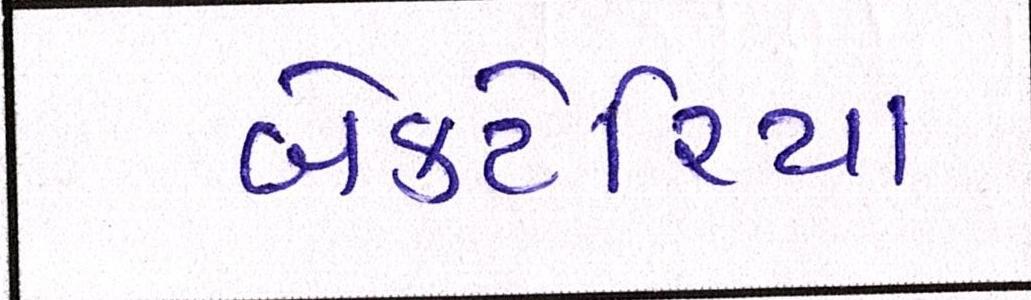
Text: બેક્ટેરિયા